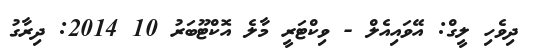
ދިވެހި ލީގް: އޭވައިއެލް - ވިކްޓަރީ މާލެ އޮކްޓޫބަރު 10 2014: ދިރާގު